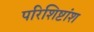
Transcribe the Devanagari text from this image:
परिशिष्टांश